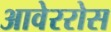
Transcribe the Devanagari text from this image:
आवेररोस